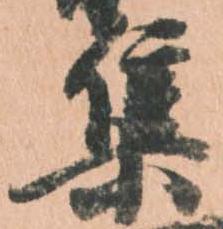
集